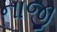
નાજી